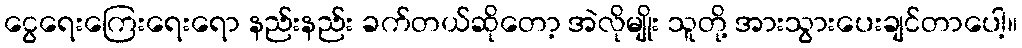
ငွေရေးကြေးရေးရော နည်းနည်း ခက်တယ်ဆိုတော့ အဲလိုမျိုး သူတို့ အားသွားပေးချင်တာပေါ့။